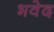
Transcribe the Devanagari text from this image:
भवेद